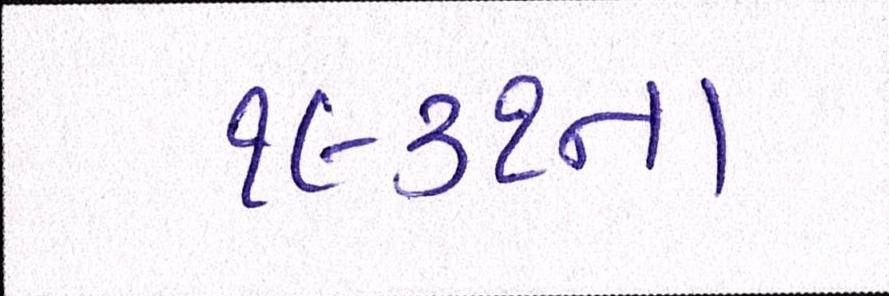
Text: ૧૯૩૧ના